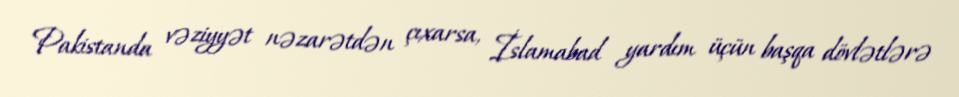
Pakistanda vəziyyət nəzarətdən çıxarsa, İslamabad yardım üçün başqa dövlətlərə